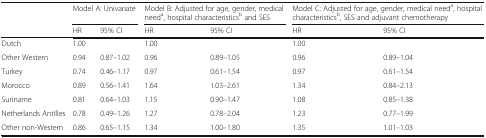
<table><thead><tr><td rowspan="2">[EMPTY_CELL]</td><td colspan="2"><b>Model A: Univariate</b></td><td colspan="2"><b>Model B: Adjusted for age, gender, medical need<sup>a</sup>, hospital characteristics<sup>b</sup> and SES</b></td><td colspan="2"><b>Model C: Adjusted for age, gender, medical need<sup>a</sup>, hospital characteristics<sup>b</sup>, SES and adjuvant chemotherapy</b></td></tr><tr><td><b>HR</b></td><td><b>95% CI</b></td><td><b>HR</b></td><td><b>95% CI</b></td><td><b>HR</b></td><td><b>95% CI</b></td></tr></thead><tbody><tr><td>Dutch</td><td>1.00</td><td>[EMPTY_CELL]</td><td>1.00</td><td>[EMPTY_CELL]</td><td>1.00</td><td>[EMPTY_CELL]</td></tr><tr><td>Other Western</td><td>0.94</td><td>0.87–1.02</td><td>0.96</td><td>0.89–1.05</td><td>0.96</td><td>0.89–1.04</td></tr><tr><td>Turkey</td><td>0.74</td><td>0.46–1.17</td><td>0.97</td><td>0.61–1.54</td><td>0.97</td><td>0.61–1.54</td></tr><tr><td>Morocco</td><td>0.89</td><td>0.56–1.41</td><td>1.64</td><td>1.03–2.61</td><td>1.34</td><td>0.84–2.13</td></tr><tr><td>Suriname</td><td>0.81</td><td>0.64–1.03</td><td>1.15</td><td>0.90–1.47</td><td>1.08</td><td>0.85–1.38</td></tr><tr><td>Netherlands Antilles</td><td>0.78</td><td>0.49–1.26</td><td>1.27</td><td>0.78–2.04</td><td>1.23</td><td>0.77–1.99</td></tr><tr><td>Other non-Western</td><td>0.86</td><td>0.65–1.15</td><td>1.34</td><td>1.00–1.80</td><td>1.35</td><td>1.01–1.03</td></tr></tbody></table>